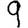
Digit: 9